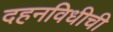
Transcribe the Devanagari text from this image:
दहनविधीची